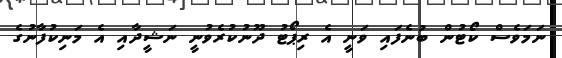
ނަމަވެސް ކޯޓުން ބުނެފައި ވަނީ އެ ރިޕޯޓު ދޫނުކުރެވުނީ ނަޝީދާއި އެ މަނިކުފާނުގެ